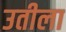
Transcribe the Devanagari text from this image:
उतीला